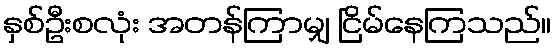
နှစ်ဦးစလုံး အတန်ကြာမျှ ငြိမ်နေကြသည်။